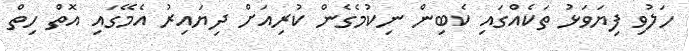
ހަލުވި ފިޔަވަޅު ތަކެއްގައި ކެބިން ނިކުމެގެން ކުރިއަށް ދިޔައިރު އެމޭގައި އޮތް ހިތް